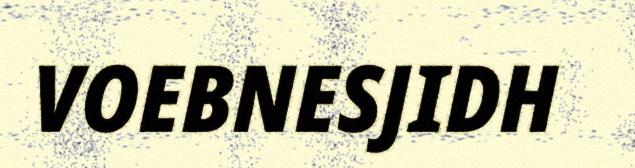
VOEBNESJIDH